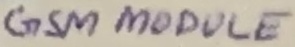
Text: GSM Module